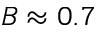
B \approx 0 . 7